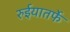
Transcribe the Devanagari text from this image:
रुईयातर्फे